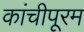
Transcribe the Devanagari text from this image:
कांचीपूरम